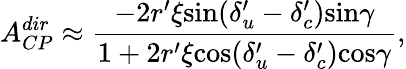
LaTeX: {A}_{CP}^{dir}\approx{\frac{-2{r}^{\prime}\xi\mathrm{sin}({\delta}_{u}^{\prime}-{\delta}_{c}^{\prime})\mathrm{sin}\gamma}{1+2{r}^{\prime}\xi\mathrm{cos}({\delta}_{u}^{\prime}-{\delta}_{c}^{\prime})\mathrm{cos}\gamma}},